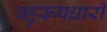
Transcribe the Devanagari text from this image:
बहुरूपधारी